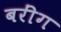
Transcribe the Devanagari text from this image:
बरींग